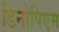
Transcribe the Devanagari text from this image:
डिनोपिएम